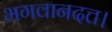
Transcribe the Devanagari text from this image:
भगवानदत्त।